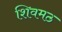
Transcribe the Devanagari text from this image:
शिवमठ